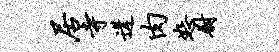
居寺遘肉恕尉